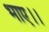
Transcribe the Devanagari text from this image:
भाए।।